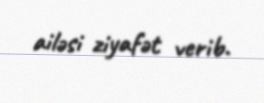
ailəsi ziyafət verib.